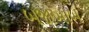
બજાખાબ